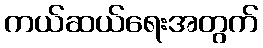
ကယ်ဆယ်ရေးအတွက်